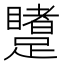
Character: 𲄋